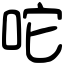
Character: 咜